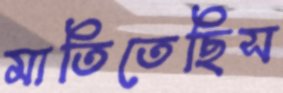
মাতিতেছিস